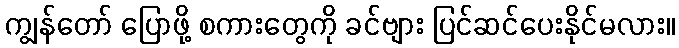
ကျွန်တော် ပြောဖို့ စကားတွေကို ခင်ဗျား ပြင်ဆင်ပေးနိုင်မလား။